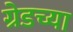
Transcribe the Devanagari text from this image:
ग्रेडच्या